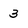
Character: 3